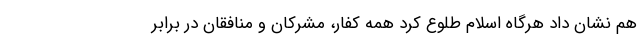
هم نشان داد هرگاه اسلام طلوع کرد همه کفار، مشرکان و منافقان در برابر